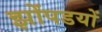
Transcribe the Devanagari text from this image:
झोंपडयों